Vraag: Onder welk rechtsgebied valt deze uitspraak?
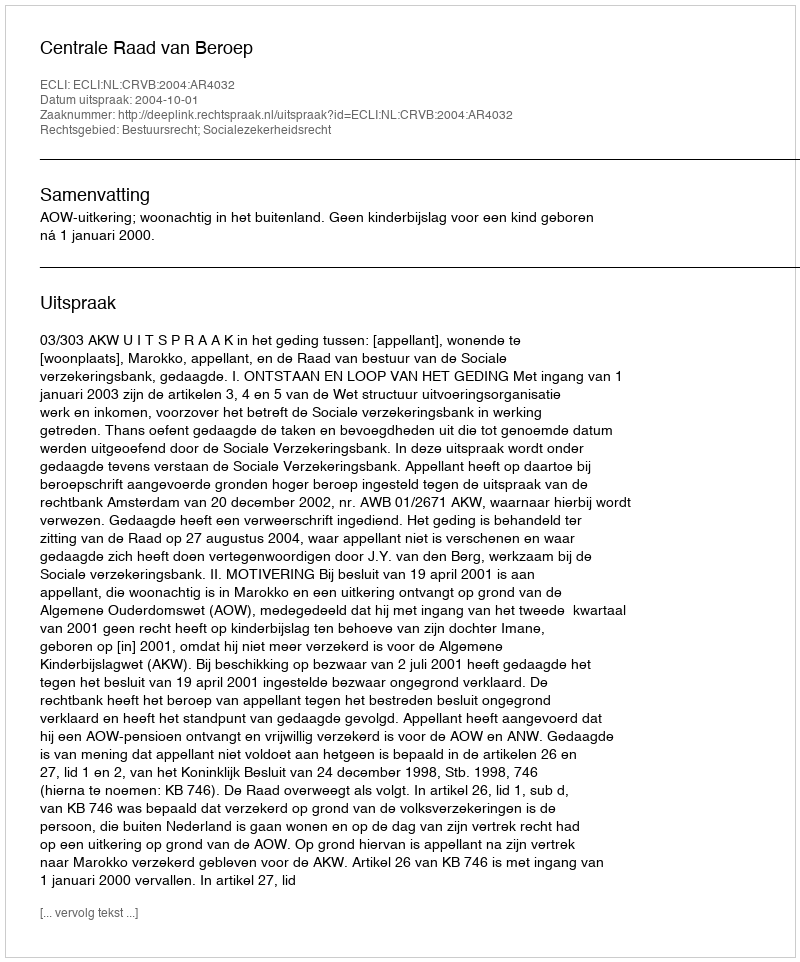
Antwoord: Bestuursrecht; Socialezekerheidsrecht